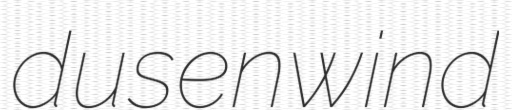
dusenwind